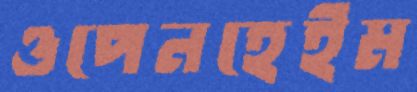
ওপেনহেইম